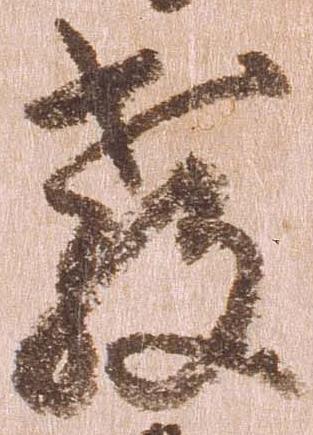
教